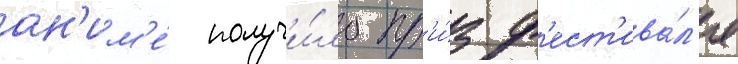
ан'им'е́ получи́ло пр'и́з ф'ест'ива́л'я